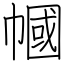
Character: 幗